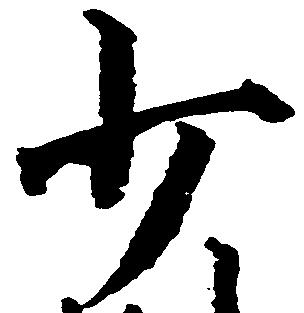
少